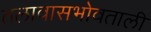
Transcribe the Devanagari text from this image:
तलावासभोवताली